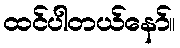
ထင်ပါတယ်နော်။